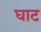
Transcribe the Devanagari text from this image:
घाट